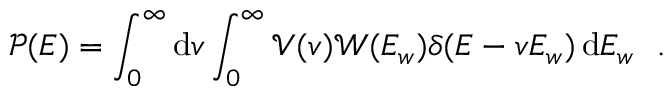
\mathcal { P } ( E ) = \int _ { 0 } ^ { \infty } \mathrm { d } v \int _ { 0 } ^ { \infty } \mathcal { V } ( v ) \mathcal { W } ( E _ { w } ) \delta ( E - v E _ { w } ) \, \mathrm { d } E _ { w } ~ ~ .